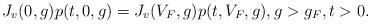
LaTeX: \begin{align*} J_v(0,g)p(t,0,g)=J_v(V_F,g)p(t,V_F,g),g>g_F,t>0.\end{align*}